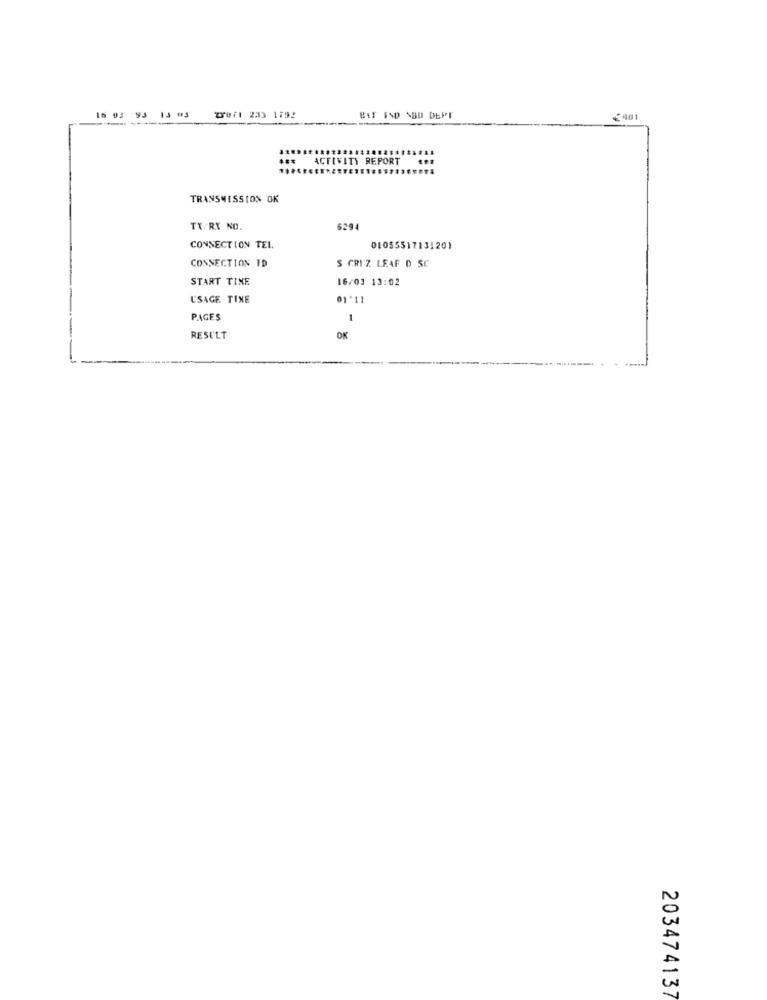
16 03 93: 13 93
20FI 233 1792
BET IND ABD DEPT
€401
*** ACTIVITY REPORT
TRANSMISSION OK
TX. RY NO.
6294
CONNECTION TEL.
0105551713120)
CONNECTION ID
S GRI'Z LEAF D SC
START TINE
16/03 13:02
USAGE TIXE
01'11
PAGES
1
RESULT
OK
203474137